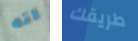
انه طريقك